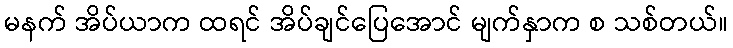
မနက် အိပ်ယာက ထရင် အိပ်ချင်ပြေအောင် မျက်နှာက စ သစ်တယ်။